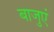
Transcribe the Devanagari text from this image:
बाजुएं